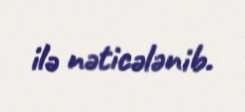
ilə nəticələnib.